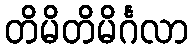
တိမိတိမိင်္ဂလာ